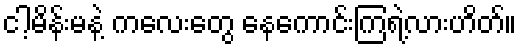
ငါ့မိန်းမနဲ့ ကလေးတွေ နေကောင်းကြရဲ့လားဟိတ်။